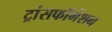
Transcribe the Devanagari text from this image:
ट्रांसफॉर्मेशन